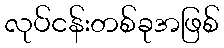
လုပ်ငန်းတစ်ခုအဖြစ်